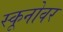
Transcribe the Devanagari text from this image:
स्कूनोवर